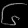
Digit: ၆